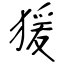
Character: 猨